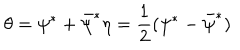
\theta = \psi ^ { \ast } + \bar { \psi } ^ { \ast } \eta = { \frac { 1 } { 2 } } ( \psi ^ { \ast } - \bar { \psi } ^ { \ast } )